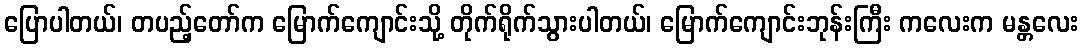
ပြောပါတယ်၊ တပည့်တော်က မြောက်ကျောင်းသို့ တိုက်ရိုက်သွားပါတယ်၊ မြောက်ကျောင်းဘုန်းကြီး ကလေးက မန္တလေး